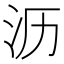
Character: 沥